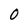
Character: 0